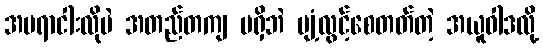
အမရာငါးလိုပဲ အတည်တကျ မရှိဘဲ ပျံ့လွင့်စေတတ်တဲ့ အယူဝါဒလို့